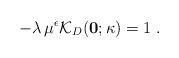
LaTeX: \begin{align*}- \lambda \, \mu^{\epsilon} {\mathcal K}_{{D}} ({\bf 0}; \kappa)= 1\; .\end{align*}